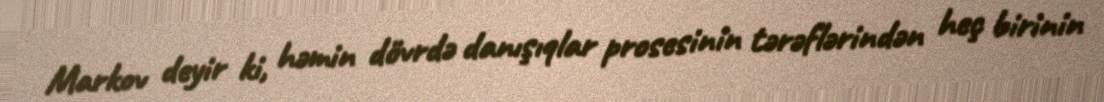
Markov deyir ki, həmin dövrdə danışıqlar prosesinin tərəflərindən heç birinin